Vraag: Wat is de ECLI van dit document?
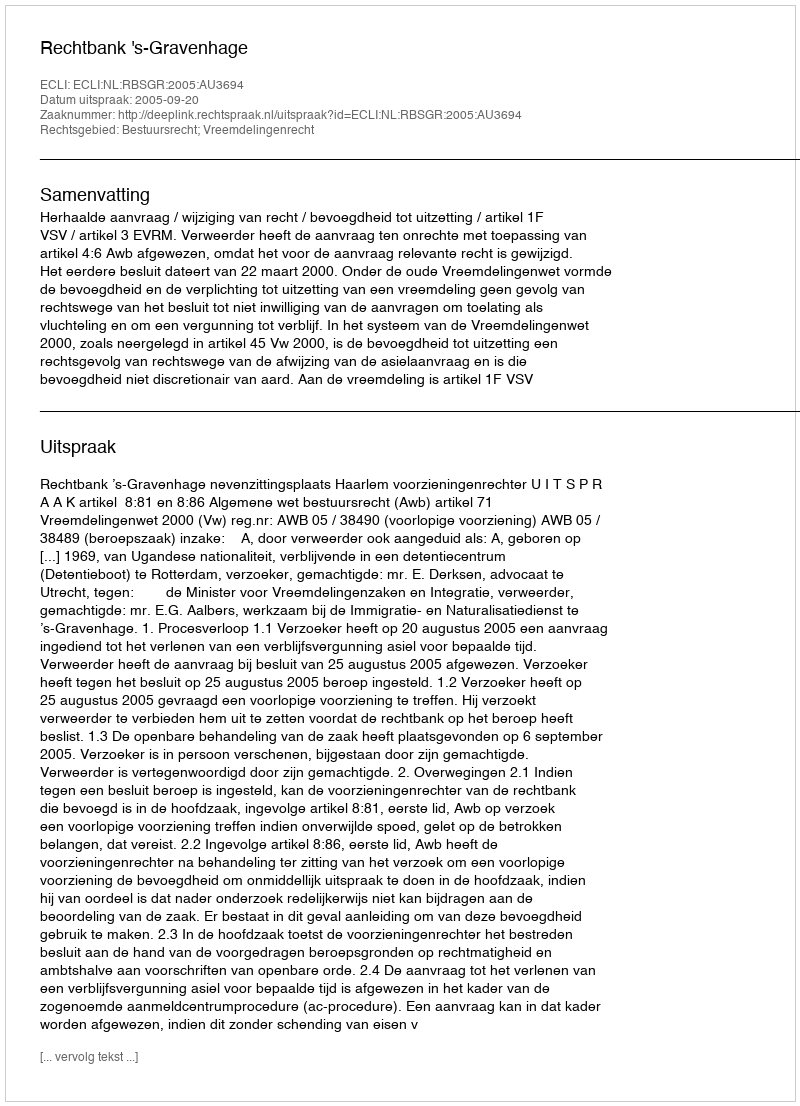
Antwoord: ECLI:NL:RBSGR:2005:AU3694